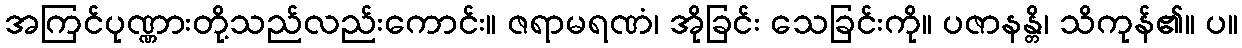
အကြင်ပုဏ္ဏားတို့သည်လည်းကောင်း။ ဇရာမရဏံ၊ အိုခြင်း သေခြင်းကို။ ပဇာနန္တိ၊ သိကုန်၏။ ပ။